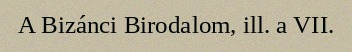
A Bizánci Birodalom, ill. a VII.